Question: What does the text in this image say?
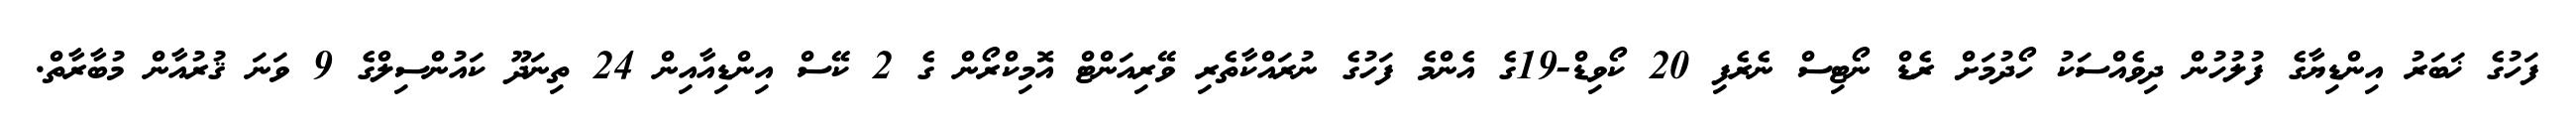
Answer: ފަހުގެ ޚަބަރު އިންޑިޔާގެ ފުލުހުން ދިވެއްސަކު ހޯދުމަށް ރެޑް ނޯޓިސް ނެރެފި 20 ކޯވިޑް-19ގެ އެންމެ ފަހުގެ ނުރައްކާތެރި ވޭރިއަންޓް އޮމިކްރޯން ގެ 2 ކޭސް އިންޑިއާއިން 24 ތިނަދޫ ކައުންސިލްގެ 9 ވަނަ ޤުރުއާން މުބާރާތް.